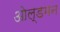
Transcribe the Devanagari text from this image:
ओल्डमन